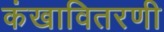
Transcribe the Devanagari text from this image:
कंखावितरणी